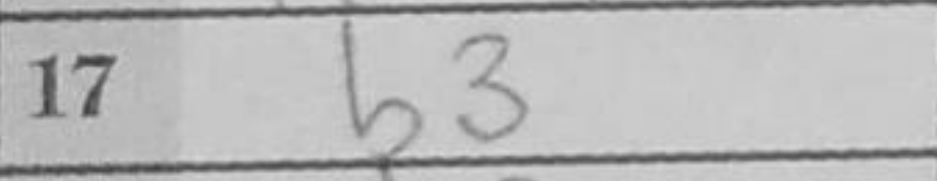
Transcription: b3